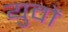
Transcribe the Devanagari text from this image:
युवों